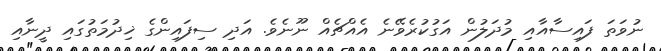
ނުވަތަ ފައިސާއާއި މުދަލުން އަގުކުރެވޭނެ އެއްޗެއް ނޫނެވެ. އަދި ސިފައިންގެ ޚިދުމަތުގައި ދީނާއި